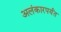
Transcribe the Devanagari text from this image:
अलंकारपर्यंत